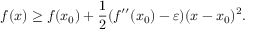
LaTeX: f ( x ) \geq f ( x _ { 0 } ) + { \frac { 1 } { 2 } } ( f ^ { \prime \prime } ( x _ { 0 } ) - \varepsilon ) ( x - x _ { 0 } ) ^ { 2 } .